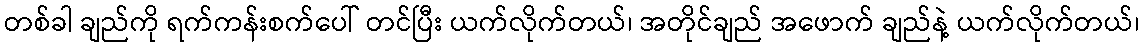
တစ်ခါ ချည်ကို ရက်ကန်းစက်ပေါ် တင်ပြီး ယက်လိုက်တယ်၊ အတိုင်ချည် အဖောက် ချည်နဲ့ ယက်လိုက်တယ်၊